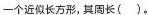
个近似长方形，其周长( )。